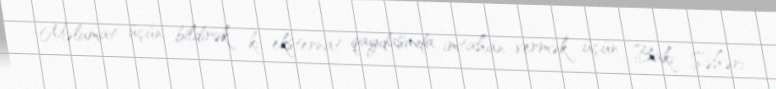
Məlumat üçün bildirək ki, eksternat qaydasında imtahan vermək üçün Bakı Şəhəri